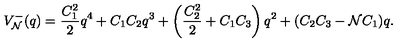
V _ { \cal N } ^ { - } ( q ) = \frac { C _ { 1 } ^ { 2 } } { 2 } q ^ { 4 } + C _ { 1 } C _ { 2 } q ^ { 3 } + \left( \frac { C _ { 2 } ^ { 2 } } { 2 } + C _ { 1 } C _ { 3 } \right) q ^ { 2 } + ( C _ { 2 } C _ { 3 } - { \cal N } C _ { 1 } ) q .